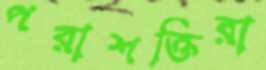
পরাশক্তিরা